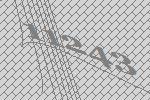
11243